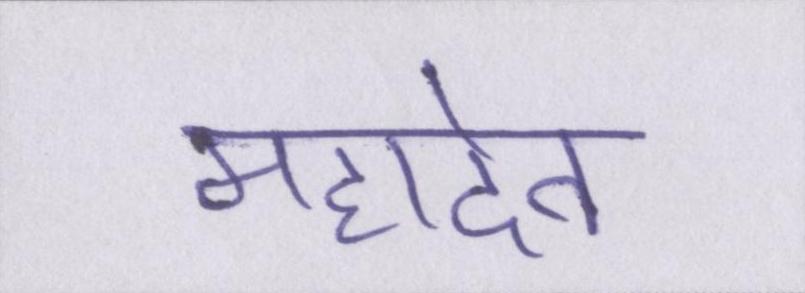
महादेव